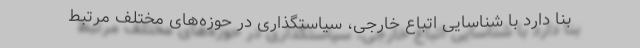
بنا دارد با شناسایی اتباع خارجی، سیاستگذاری در حوزه‌های مختلف مرتبط